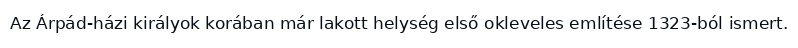
Az Árpád-házi királyok korában már lakott helység első okleveles említése 1323-ból ismert.